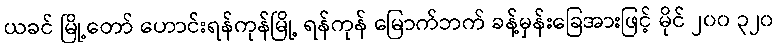
ယခင် မြို့တော် ဟောင်းရန်ကုန်မြို့ ရန်ကုန် မြောက်ဘက် ခန့်မှန်းခြေအားဖြင့် မိုင် ၂၀၀ ၃၂၀